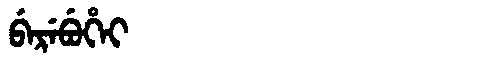
Manchu: ᠪᡝᡵᡝᠪᡠᡥᡝᡳ
Romanization: BEREBUHEI